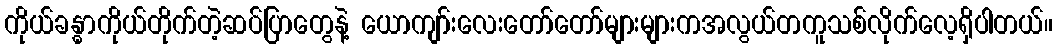
ကိုယ်ခန္ဓာကိုယ်တိုက်တဲ့ဆပ်ပြာတွေနဲ့ ယောကျာ်းလေးတော်တော်များများကအလွယ်တကူသစ်လိုက်လေ့ရှိပါတယ်။